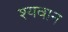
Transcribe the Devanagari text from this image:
श्यवान